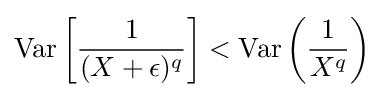
\operatorname {Var} \left[{\frac {1}{(X+\epsilon )^{q}}}\right]<\operatorname {Var} \left({\frac {1}{X^{q}}}\right)